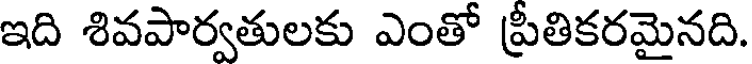
ఇది శివపార్వతులకు ఎంతో ప్రీతికరమైనది.